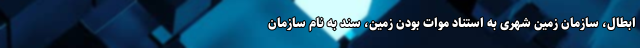
ابطال، سازمان زمین شهری به استناد موات بودن زمین، سند به نام سازمان